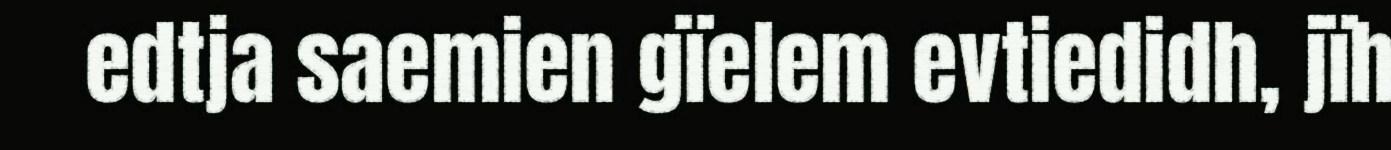
edtja saemien gïelem evtiedidh, jïh